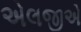
એલજીએ